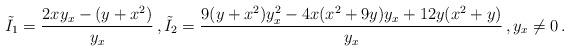
LaTeX: \begin{align*}\tilde{I}_1=\frac{2xy_x-(y+x^2)}{y_x}\,, \tilde{I}_2=\frac{9(y+x^2)y_x^2-4x(x^2+9y)y_x+12y(x^2 + y)}{y_x}\,,y_x\neq 0\,.\end{align*}